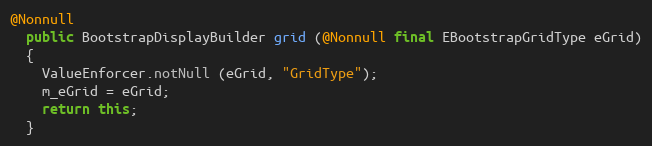
Language: Java
@Nonnull
  public BootstrapDisplayBuilder grid (@Nonnull final EBootstrapGridType eGrid)
  {
    ValueEnforcer.notNull (eGrid, "GridType");
    m_eGrid = eGrid;
    return this;
  }